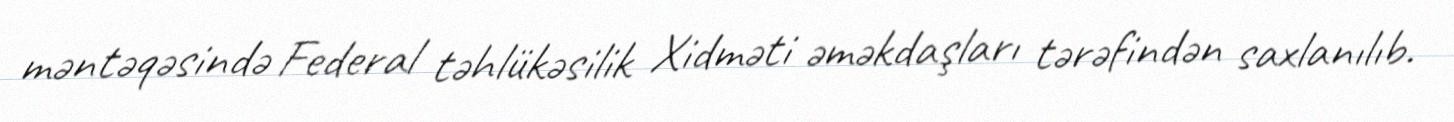
məntəqəsində Federal təhlükəsilik Xidməti əməkdaşları tərəfindən saxlanılıb.